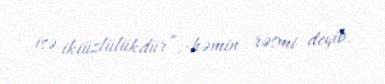
isə ikiüzlülükdür”,-həmin rəsmi deyib.